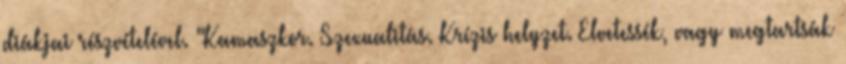
diákjai részvételével. "Kamaszkor. Szexualitás. Krízis helyzet. Elvetessék, vagy megtartsák